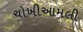
ચોખીઆમલી